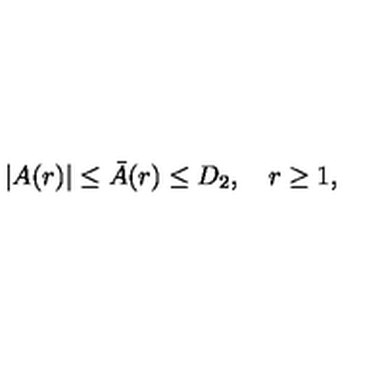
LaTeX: | A ( r ) | \le \bar { A } ( r ) \le D _ { 2 } , \quad r \ge 1 ,